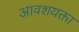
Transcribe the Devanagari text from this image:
आवशयक्ता